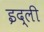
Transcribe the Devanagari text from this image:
इद्ली